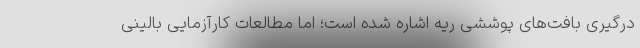
درگیری بافت‌های پوششی ریه اشاره شده است؛ اما مطالعات کارآزمایی بالینی